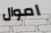
اموال